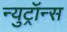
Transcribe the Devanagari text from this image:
न्युट्रॉन्स